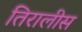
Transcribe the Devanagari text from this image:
तिरालीस